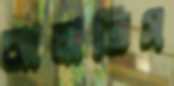
ঝালাতিস